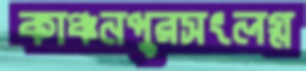
কাঞ্চনপুরসংলগ্ন